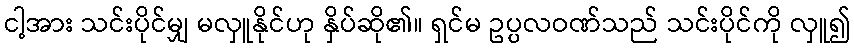
ငါ့အား သင်းပိုင်မျှ မလှူနိုင်ဟု နှိပ်ဆို၏။ ရှင်မ ဥပ္ပလဝဏ်သည် သင်းပိုင်ကို လှူ၍